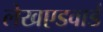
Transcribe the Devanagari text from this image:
लेखएडवार्ड